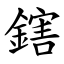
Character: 鎋